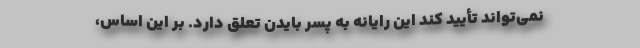
نمی‌تواند تأیید کند این رایانه به پسر بایدن تعلق دارد. بر این اساس،